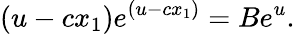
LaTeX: (u-cx_{1})e^{(u-cx_{1})}=Be^{u}.